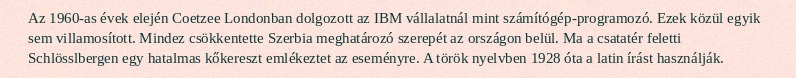
Az 1960-as évek elején Coetzee Londonban dolgozott az IBM vállalatnál mint számítógép-programozó. Ezek közül egyik sem villamosított. Mindez csökkentette Szerbia meghatározó szerepét az országon belül. Ma a csatatér feletti Schlösslbergen egy hatalmas kőkereszt emlékeztet az eseményre. A török nyelvben 1928 óta a latin írást használják.